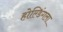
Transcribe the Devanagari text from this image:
होल्डिंगला